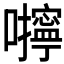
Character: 𰉆